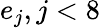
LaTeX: e_{j},j<8